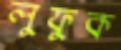
লুফুক